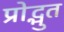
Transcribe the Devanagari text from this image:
प्रोद्भुत